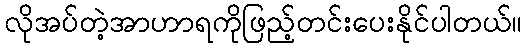
လိုအပ်တဲ့အာဟာရကိုဖြည့်တင်းပေးနိုင်ပါတယ်။